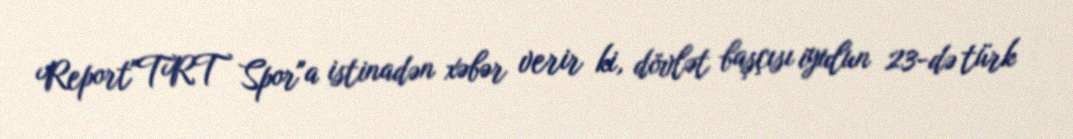
Report"TRT Spor"a istinadən xəbər verir ki, dövlət başçısı iyulun 23-də türk